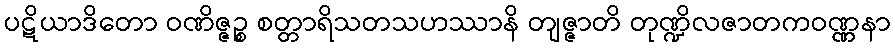
ပဋိယာဒိတော ဝဏိဇ္ဇဉ္စ စတ္တာရိသတသဟဿာနိ တျဇ္ဇာတိ တုဏ္ဍိလဇာတကဝဏ္ဏနာ